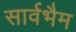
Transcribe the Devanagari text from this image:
सार्वभैम